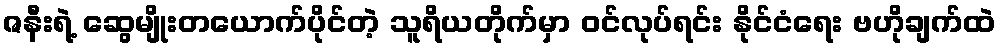
ဇနီးရဲ့ ဆွေမျိုးတယောက်ပိုင်တဲ့ သူရိယတိုက်မှာ ဝင်လုပ်ရင်း နိုင်ငံရေး ဗဟိုချက်ထဲ